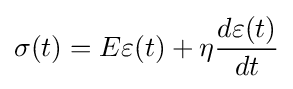
\sigma (t)=E\varepsilon (t)+\eta {\frac {d\varepsilon (t)}{dt}}